Annual administration report of the Civil Veterinary Department of India - 1904-1905
Year: 1904
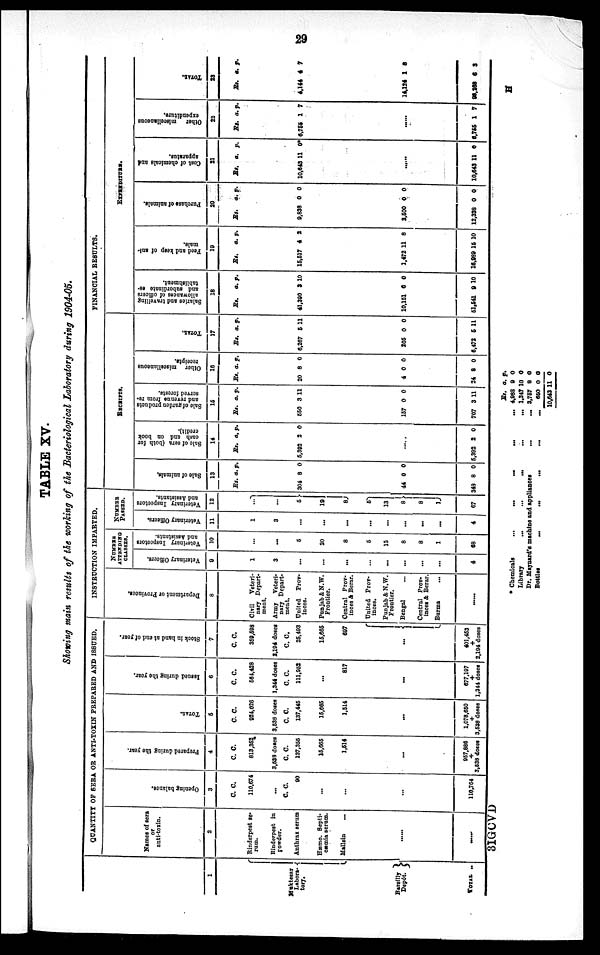
29
TABLE XV.
Showing main results of the working of the Bacteriological Laboratory during 1904-05.
1
Maktesar
Labora-
tory.
Bareilly }
Depot.
TOTAL ..
QUANTITY OF SERA OR ANTI-TOXIN PREPARED AND ISSUED.
Names of sera
or
anti-toxin.
2
Rinderpest se-
rum.
Rinderpest in
powder.
Anthrax serum
Hæmo. Septi-
cæmia serum.
Mallein ...
...
.....
Opening balance.
3
C. C.
110,674
...
C. C.
90
...
...
...
110,764
Prepared during the year.
4
C. C.
813,352
3,538 doses
C. C.
137,355
15,665
1,514
...
957,886
+
3,538 doses
TOTAL.
5
C. C.
924,026
3,538 doses
C. C.
137,445
15,665
1,514
...
1,078,650
+
3,538 doses
Issued during the year.
6
C. C.
564,428
1,344 doses
C. C.
111,952
...
817
...
677,197
+
1,344 doses
Stock in hand at end of year.
7
C. C.
359,598
2,194 doses
C. C.
25,493
15,665
697
... {
401,453
+
2,194 doses
INSTRUCTION IMPARTED.
Department or Provinces.
8
Civil
Veteri-
nary Depart-
ment.
Army Veteri-
nary Depart-
ment.
United Prov-
inces.
Punjab & N.W.
Frontier.
Central Prov-
inces & Berar.
United Prov-
inces.
Punjab & N.W.
Frontier.
Bengal ...
Central Prov-
inces & Berar.
Burma
......
NUMBER
ATTENDING
CLASSES.
Veterinary Officers.
9
1
3
...
...
...
...
...
...
...
...
4
Veterinary Inspectors
and Assistants.
10
...
...
5
20
8
5
13
8
8
1
68
NUMBER
PASSED.
Veterinary Officers.
11
1
3
...
...
...
...
...
...
...
...
4
Veterinary Inspectors
and Assistants.
12
...
...
5 }
19
8
5
13
8 }
8
1
67
FINANCIAL RESULTS.
RECEIPTS.
Sal e of animals.
13
Rs. a. p.
304 8 0
44 0 0
343 8 0
Sal e of s e r a ( bot h for
cash and on book
credit).
14
Rs. a. p.
5,392 2 0
.....
5,392 2 0
Sal e of garden products
and r
e ve nue f r om re-
served f or est s.
15
Rs. a. p.
550 3 11
157 0 0
707 3 11
Ot her miscellaneous
receipts.
16
Rs. a. p.
20 8 0
4 0 0
24 8 0
TOTAL.
17
Rs. a. p.
6,267
5
11
205 0 0
6,472
5
11
EXPENDITURE.
Sal ar i
es and t
r avel l
i
ng
allowances of officers
and subordinate es-
tablishment
18
Rs.
a. p.
41,390 3 10
10,151 6 0
51,541 9 10
Feed and keep of ani-
mals.
19
Rs.
a. p.
15,517 4 2
1,472 11 8
16,989 15 10
Pur chas e of ani mal s .
20
Rs.
a. p.
9,838 0 0
2,500 0 0
12,338 0 0
Cost of chemicals and
apparatus.
21
Rs. a. p.
10,643 11 0*
......
10,643 11 0
Ot her miscellaneous
expenditure.
22
Rs. a. p.
6,755 1 7
......
6,755 1 7
TOTAL.
23
Rs. a. p.
4,144 4 7
14,124 1 8
98,258 6 3
3IGCVD
* Chemicals
Library
...
...
...
...
...
...
Dr. Maynard's machine and appliances
Bottles
...
...
...
...
...
...
...
...
...
...
...
Rs.
4,988
1,247
3,757
650
10,643
a.
9
10
8
0
11
p.
0
0
0
0
0
H